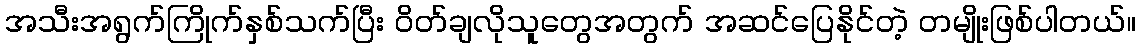
အသီးအရွက်ကြိုက်နှစ်သက်ပြီး ဝိတ်ချလိုသူတွေအတွက် အဆင်ပြေနိုင်တဲ့ တမျိုးဖြစ်ပါတယ်။